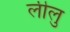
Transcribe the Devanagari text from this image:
लीलु